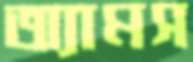
অ্যামস